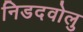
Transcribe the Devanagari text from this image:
निडदवोलु